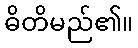
ဓိတိမည်၏။